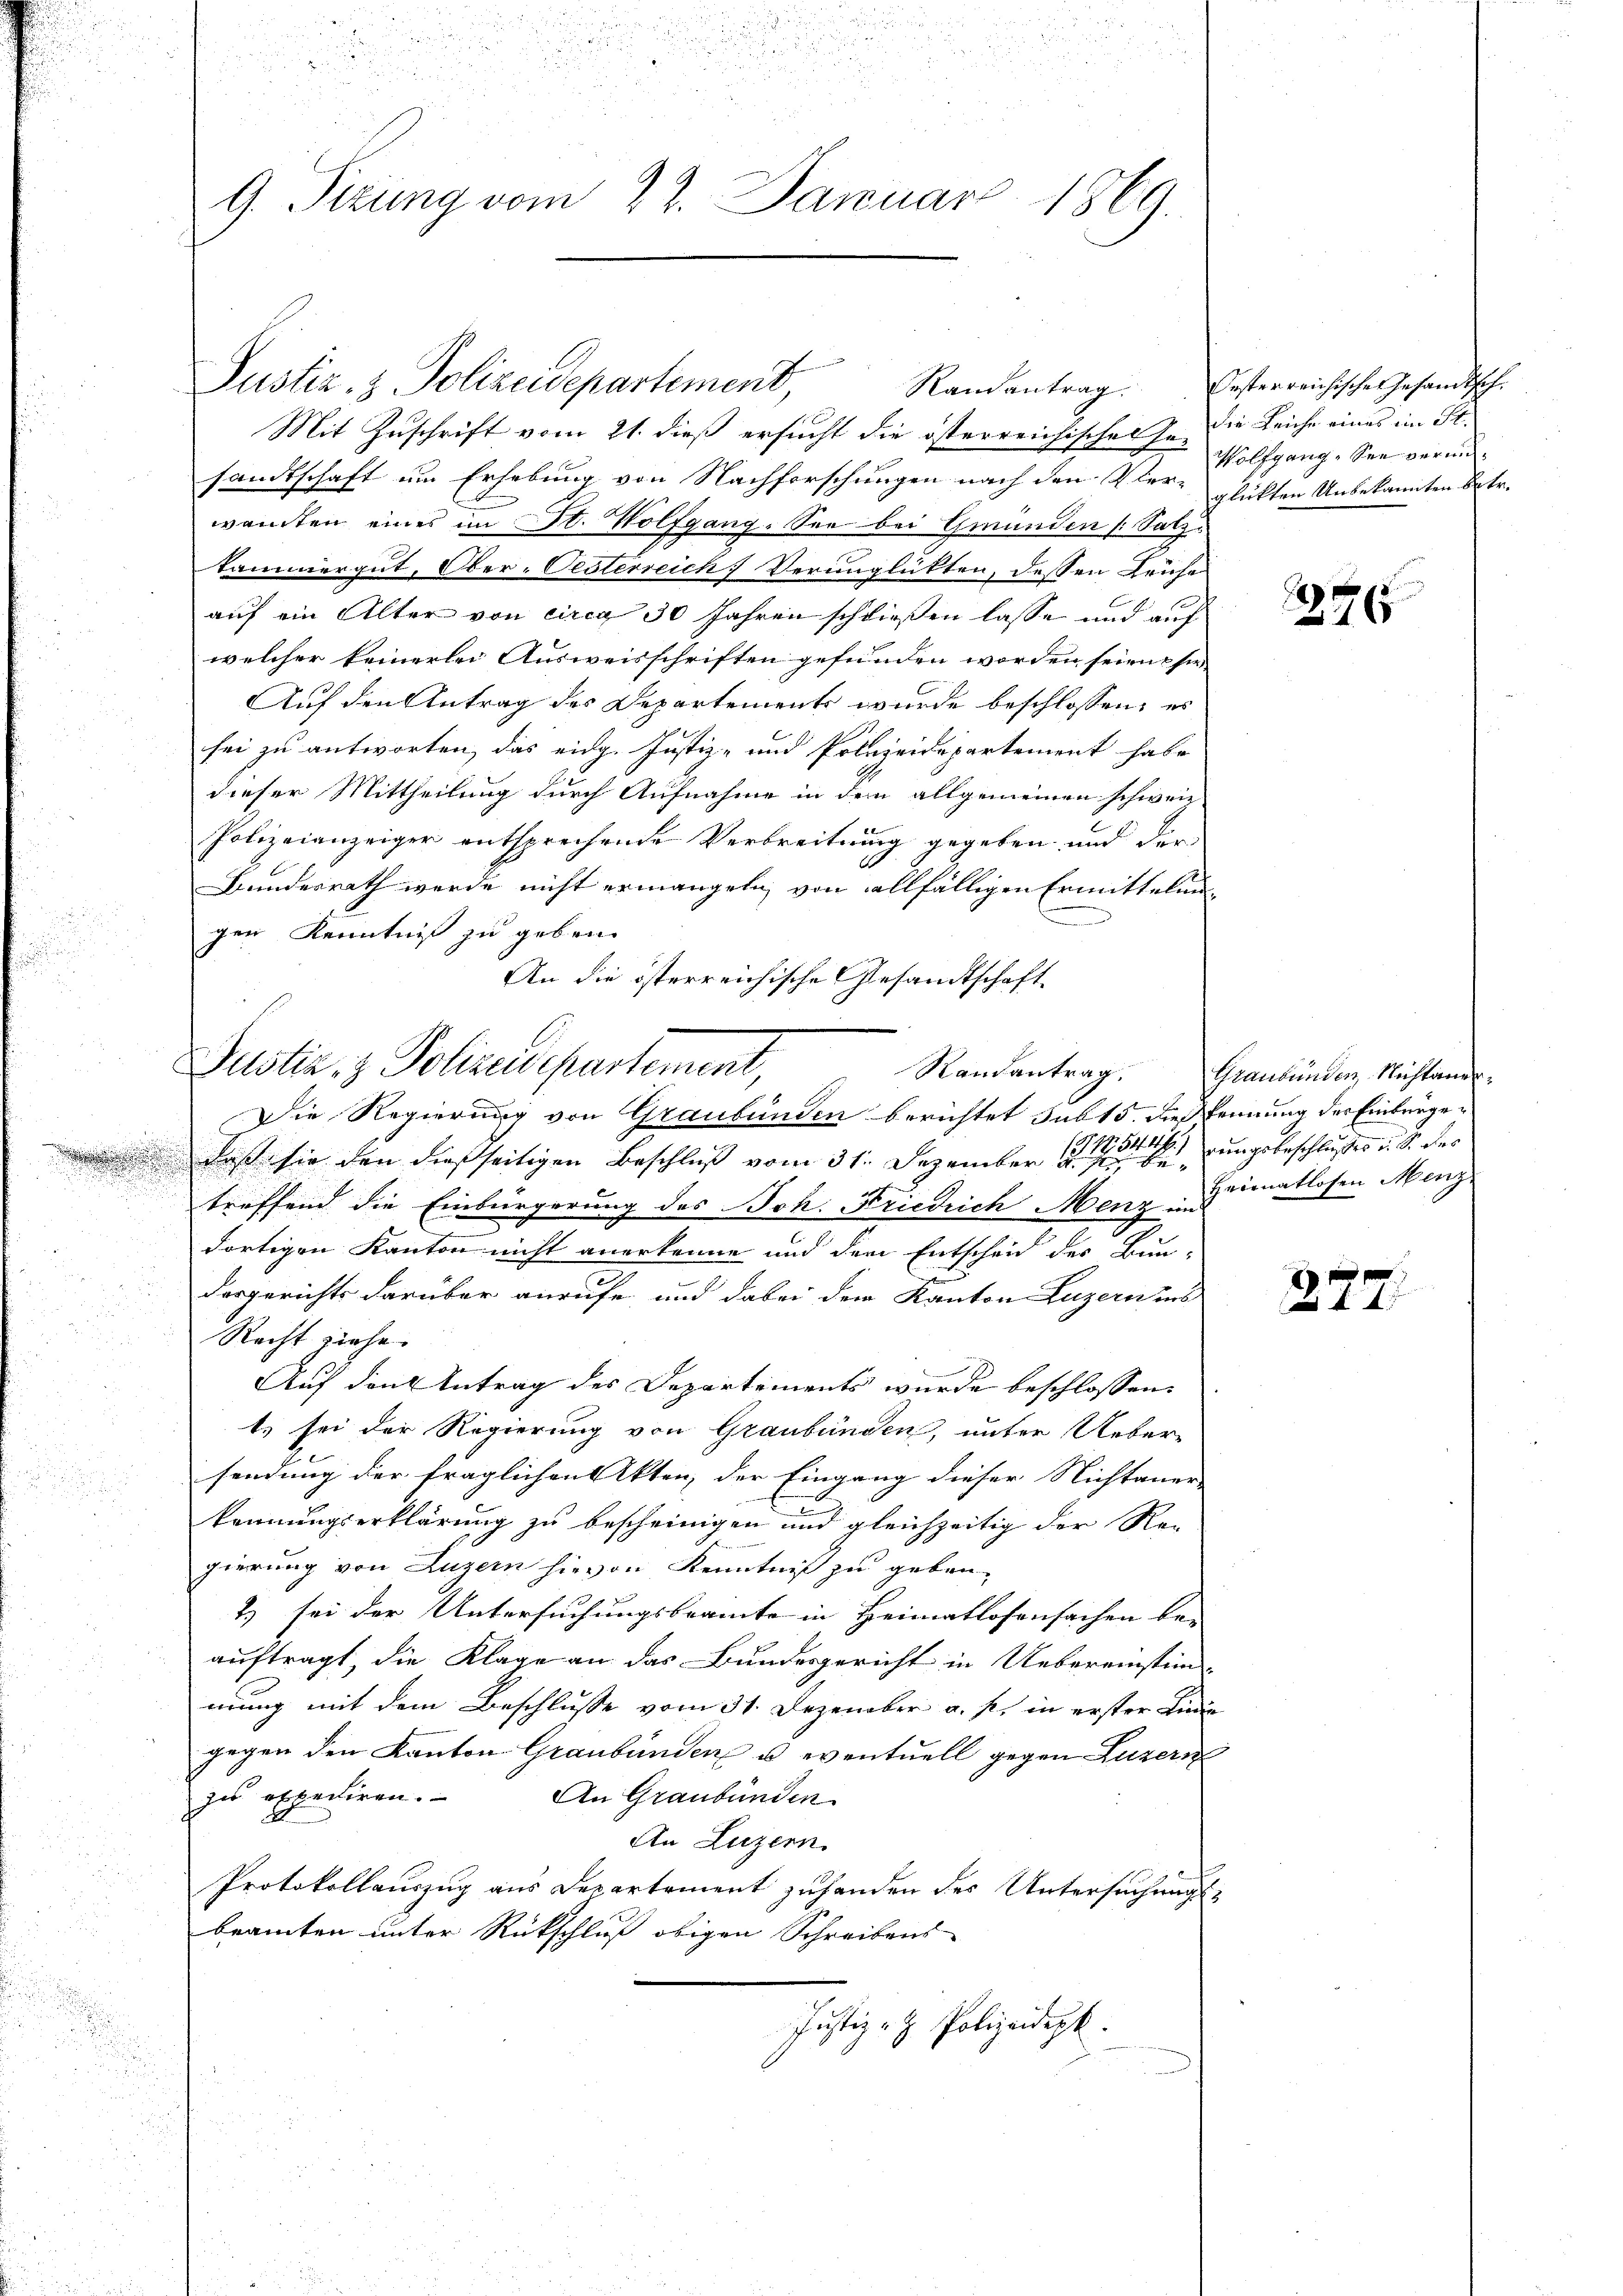
e

9. Sizung vom 22. Januar 1869.

Mit Zuschrift vom 21. dieß ersucht die österreichischen In die Leiche eines im St.
sandtschaft um Erhebung von Nachforschungen nach den Vier- glükten Unbekannten Betr.
2
wandten eines im St. Wolfgang. See bei Gründen (Salztammergut, Ober-Oesterreich Verunglükten, dessen Laufe
auf ein Alter von circa 30 Jahren schließen lasse und auf
welcher keinerlei Ausweisschriften gefunden worden seien, sie
Auf den Antrag der Departements wurde beschlossen: es
sei zu antworten, das eidg. Justiz- und Polizeidepartement habe
dieser Mittheilung durch Aufnahme in dem allgemeinen schweiz.
Polizeianzeiger entsprechende Verbreitung gegeben und der
h
Bundesrath werde nicht ermangeln, von allfälligen Ermittelung
2
gen Kenntniß zu geben.
u
An die österreichische Gesandtschaft
Die Regierung von Graubünden berichtet subt 5. Dies kennung des Einbürged daß sie den dießseitigen Beschluß vom 31. Dezember 1. ungebeschlich der u. S. des
treffend die Einbürgerung des Joh. Friedrich Menz Heimatlosen Menz
.
dortigen Kanton nicht anerkenne und der Entscheid des Bun-
u
desgerichts darüber anrufe und dabei der Kanton Luzern ins
d
Recht ziehe.
u
un
2
Auf den Antrag des Departements wurde beschlossen:
t) sei der Regierung von Graubünden, unter Ueber-
sendung der fraglichen Akten der Eingang dieser Nichtaner- |
kennungserklärung zu bescheinigen und gleichzeitig der Re-
gierung von Luzern hievon Kenntniß zu geben.
2) sei der Untersuchungsbeamte in Heimatlosensachen be-
auftragt, die Klage an das Bundesgericht in Uebereinstimmung mit dem Beschlusse vom 31. Dezember a. p. in erster Linie
gegen den Kanton Graubünden u. eventuell gegen Luzern
zu expediren.
An Graubünden
An Luzern
Protokollauszug aus Departement zuhanden des Untersuchungsbeamten unter Rückschluß obigen Schreibens
Justiz- & Polizeidept.
d

Justiz- & Polizeidepartement,

Justiz- & Polizeidepartement, Standentrag. Graubünden Nichten

Randantrag.

Oesterreichische Gesandtsch.
Wolfgang, See verun¬

575

2